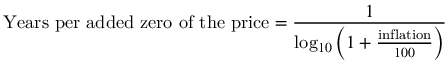
{ \mathrm { Y e a r s ~ p e r ~ a d d e d ~ z e r o ~ o f ~ t h e ~ p r i c e } } = { \frac { 1 } { \log _ { 1 0 } \left( 1 + { \frac { \mathrm { i n f l a t i o n } } { 1 0 0 } } \right) } }